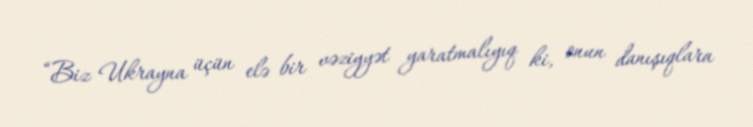
“Biz Ukrayna üçün elə bir vəziyyət yaratmalıyıq ki, onun danışıqlara